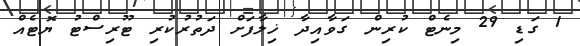
1 ގަޑި 29 މިނެޓް ކުރިން ގަވާއިދާ ޚިލާފަށް ދަތުރުކުރި ޓޫރިސްޓު ޔޮޓެއް